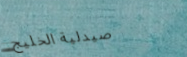
صيدلية الخليج